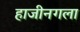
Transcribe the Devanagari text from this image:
हाजीनगला